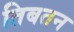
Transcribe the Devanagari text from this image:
तिबतन